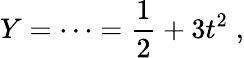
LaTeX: Y=\cdots={\frac{1}{2}}+3t^{2}\; ,